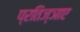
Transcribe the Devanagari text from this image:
प्रतिज्ञाए